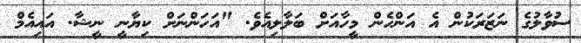
ސުވާލުގެ ނަޒަރަކުން އެ އަންހެން މީހާއަށް ބަލާލިއެވެ. "އަހަންނަށް ކިޔާނީ ނީޝާ. އައިއެމް